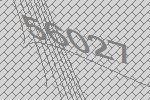
56027